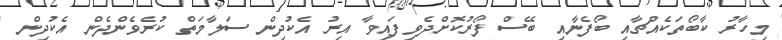
މިހާރު ކާބޯތަކެއްޗާއި ބޯފެނާއި ބޭސް ފޯރުކޮށްދެވިފައިވާ އިރު އެކުދިން ސަލާމަތް ކުރެވެންދެން އެކުދިން